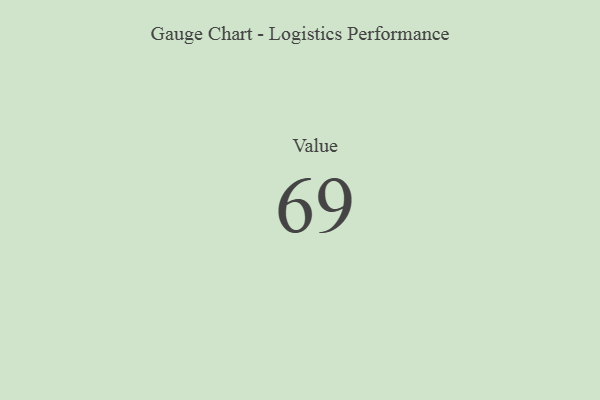
{"axis": {"x": "Metric", "y": "Value"}, "legend": [""], "data": [{"x": "Value", "y": 69, "type": ""}]}